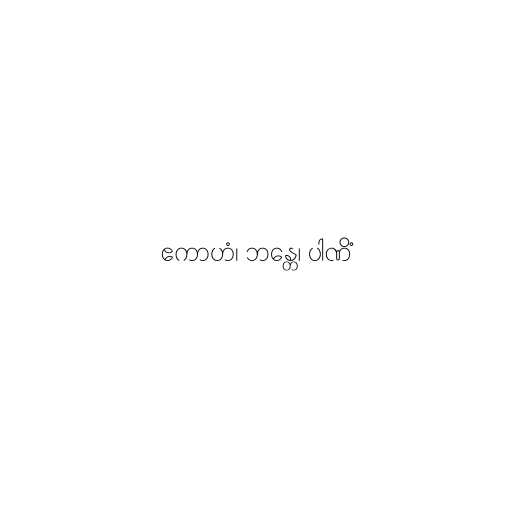
ဧကာဟံ၊ ဘန္တေ၊ ပါဏိံ